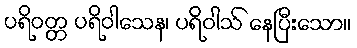
ပရိဝတ္တ ပရိဝါသေန၊ ပရိဝါသ် နေပြီးသော။